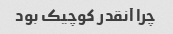
چرا آنقدر کوچیک بود